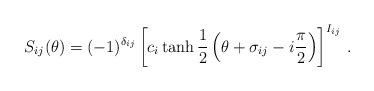
\begin{align*}S_{ij}(\theta )=(-1)^{\delta _{ij}}\left[ c_{i}\tanh \frac{1}{2}\left(\theta +\sigma _{ij}-i\frac{\pi }{2}\right) \right] ^{I_{ij}}\,.\end{align*}